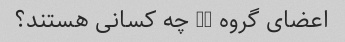
اعضای گروه U2 چه کسانی هستند؟